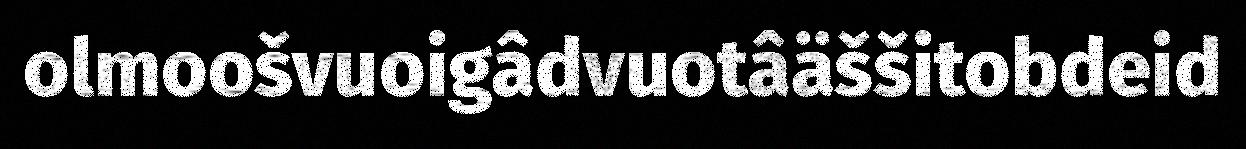
olmoošvuoigâdvuotâäššitobdeid